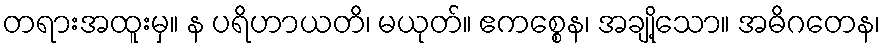
တရားအထူးမှ။ န ပရိဟာယတိ၊ မယုတ်။ ဧကစ္စေန၊ အချို့သော။ အဓိဂတေန၊